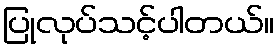
ပြုလုပ်သင့်ပါတယ်။